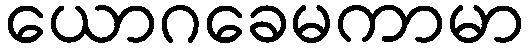
ယောဂခေမကာမာ